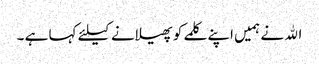
الله نے ہمیں اپنے کلمے کو پھیلانے کیلئے کہا ہے ۔